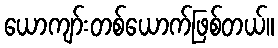
ယောကျာ်းတစ်ယောက်ဖြစ်တယ်။